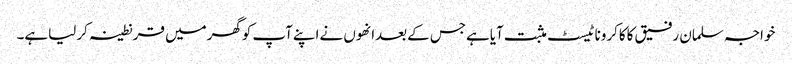
خواجہ سلمان رفیق کاکاکروناٹیسٹ مثبت آیاہےجس کےبعدانھوں نےاپنےآپ کوگھرمیں قرنطینہ کرلیاہے۔